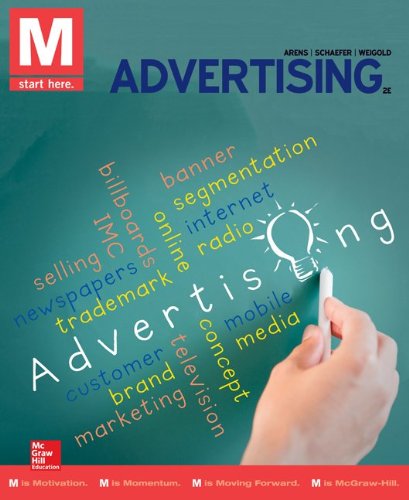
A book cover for M: Advertising; William Arens; Business & Money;